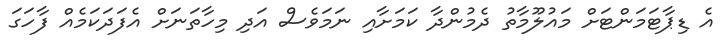
އެ ޑިޕާޓަމަންޓަށް މައުލޫމާތު ދެމުންދާ ކަމަށާއި ނަމަވެސް އަދި މިހާތަނަށް އެފަދަކަމެއް ފާހަގަ